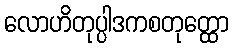
လောဟိတုပ္ပါဒကစတုတ္ထော